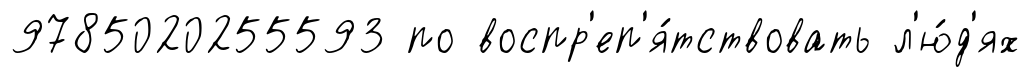
9785020255593 по воспр'еп'я́тствовать л'ю́д'ях